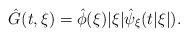
LaTeX: \begin{align*} \hat{G}(t,\xi) &= \hat{\phi}(\xi)|\xi| \hat{\psi}_\xi(t|\xi|).\end{align*}